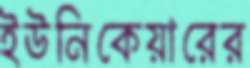
ইউনিকেয়ারের